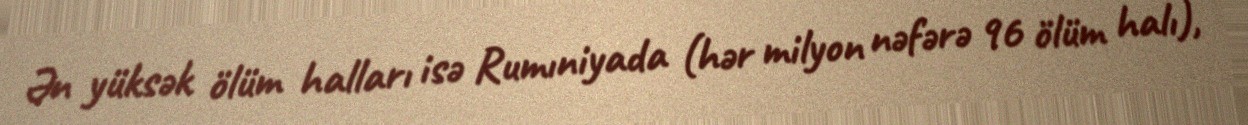
Ən yüksək ölüm halları isə Rumıniyada (hər milyon nəfərə 96 ölüm halı),